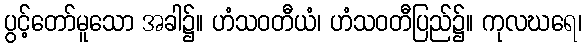
ပွင့်တော်မူသော အခါ၌။ ဟံသဝတီယံ၊ ဟံသဝတီပြည်၌။ ကုလဃရေ၊